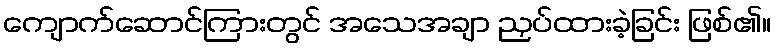
ကျောက်ဆောင်ကြားတွင် အသေအချာ ညှပ်ထားခဲ့ခြင်း ဖြစ်၏။